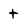
Character: t